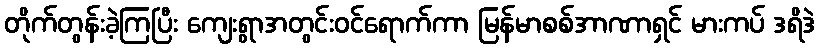
တိုက်တွန်းခဲ့ကြပြီး ကျေးရွာအတွင်းဝင်ရောက်ကာ မြန်မာစစ်အာဏာရှင် မားကပ် ဒရိဒဲ